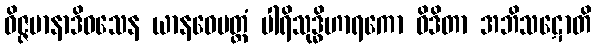
ဝိဇ္ဇမာနာဒိဝသေန ယာနဝေမတ္တံ ပါရိသုဒ္ဓိဟာရကော ဝိဒိတာ အဘိသဋောတိ